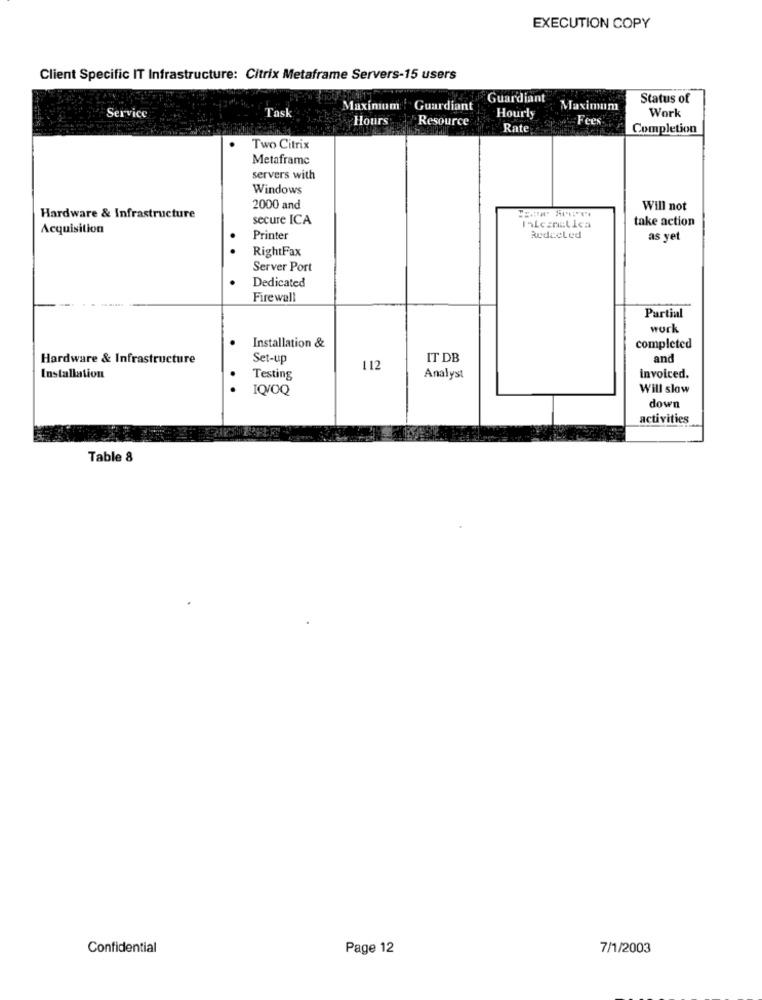
EXECUTION COPY
Client Specific IT Infrastructure: Citrix Metaframe Servers-15 users
Guardiant
Status of
Task
Maximum Guardiant
Maximum
Service
Hours
Resource
Hourly
Fees
Work
Rate
Completion
Two Citrix
Metaframe
servers with
Windows
2000 and
Will not
Hardware & Infrastructure
secure ICA
take action
Acquisition
Printer
Redceled
as yet
RightFax
Server Port
Dedicated
Firewall
Partial
work
Installation &
completed
Hardware & Infrastructure
Set-up
IT DB
and
112
Installation
Testing
Analyst
invoiced.
IQ/OQ
Will slow
down
activities
Table 8
Confidential
Page 12
7/1/2003